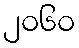
၂၀၆၀